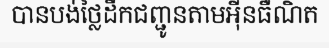
បានបង់ថ្លៃដឹកជញ្ជូនតាមអ៊ីនធឺណិត